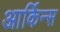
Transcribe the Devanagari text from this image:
आर्किन्स